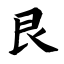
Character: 艮